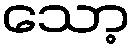
သော့